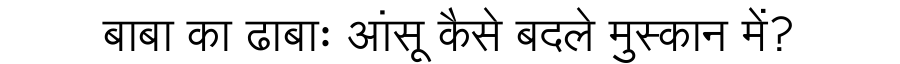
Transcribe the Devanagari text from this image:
बाबा का ढाबाः आंसू कैसे बदले मुस्कान में?